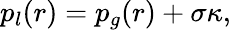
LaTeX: p_{l}(r)=p_{g}(r)+\sigma\kappa,